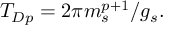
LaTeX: T _ { D p } = 2 \pi { m _ { s } ^ { p + 1 } } / { g _ { s } } .